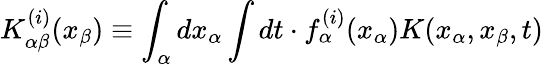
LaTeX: K_{\alpha\beta}^{(i)}(x_{\beta})\equiv\int_{\alpha}dx_{\alpha}\int dt\cdot f_{\alpha}^{(i)}(x_{\alpha})K(x_{\alpha},x_{\beta},t)